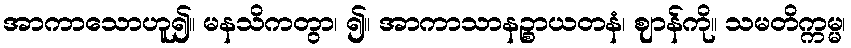
အာကာသောဟူ၍။ မနသိကတွာ၊ ၍။ အာကာသာနဉ္စာယတနံ၊ ဈာန်ကို။ သမတိက္ကမ္မ၊